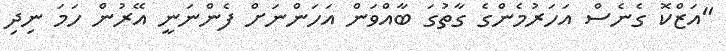
"އަޒްކޮ ގެނެސް އަހަރުމެންގެ ގާތުގަ ބާއްވަން އަހަންނަށް ފެންނަނީ އޭރުން ހަމަ ނިދި